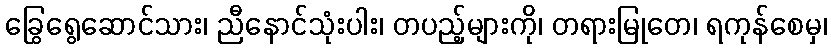
ခြွေရွေဆောင်သား၊ ညီနောင်သုံးပါး၊ တပည့်များကို၊ တရားမြုတေ၊ ရကုန်စေမှ၊